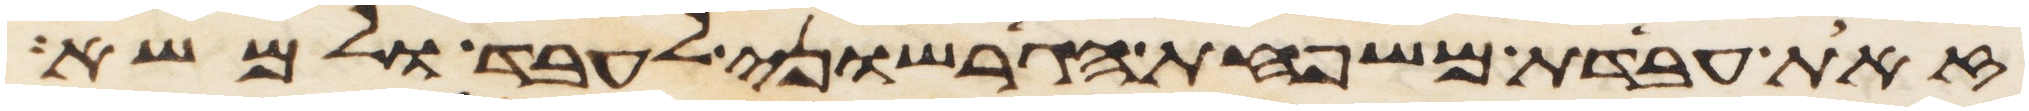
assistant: זאת עבדת משפחת הגרשוני לעבד ולמשא